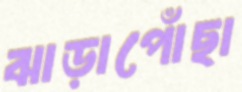
ঝাড়াপোঁছা